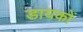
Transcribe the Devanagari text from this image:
डायकों